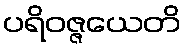
ပရိဝဇ္ဇယေတိ